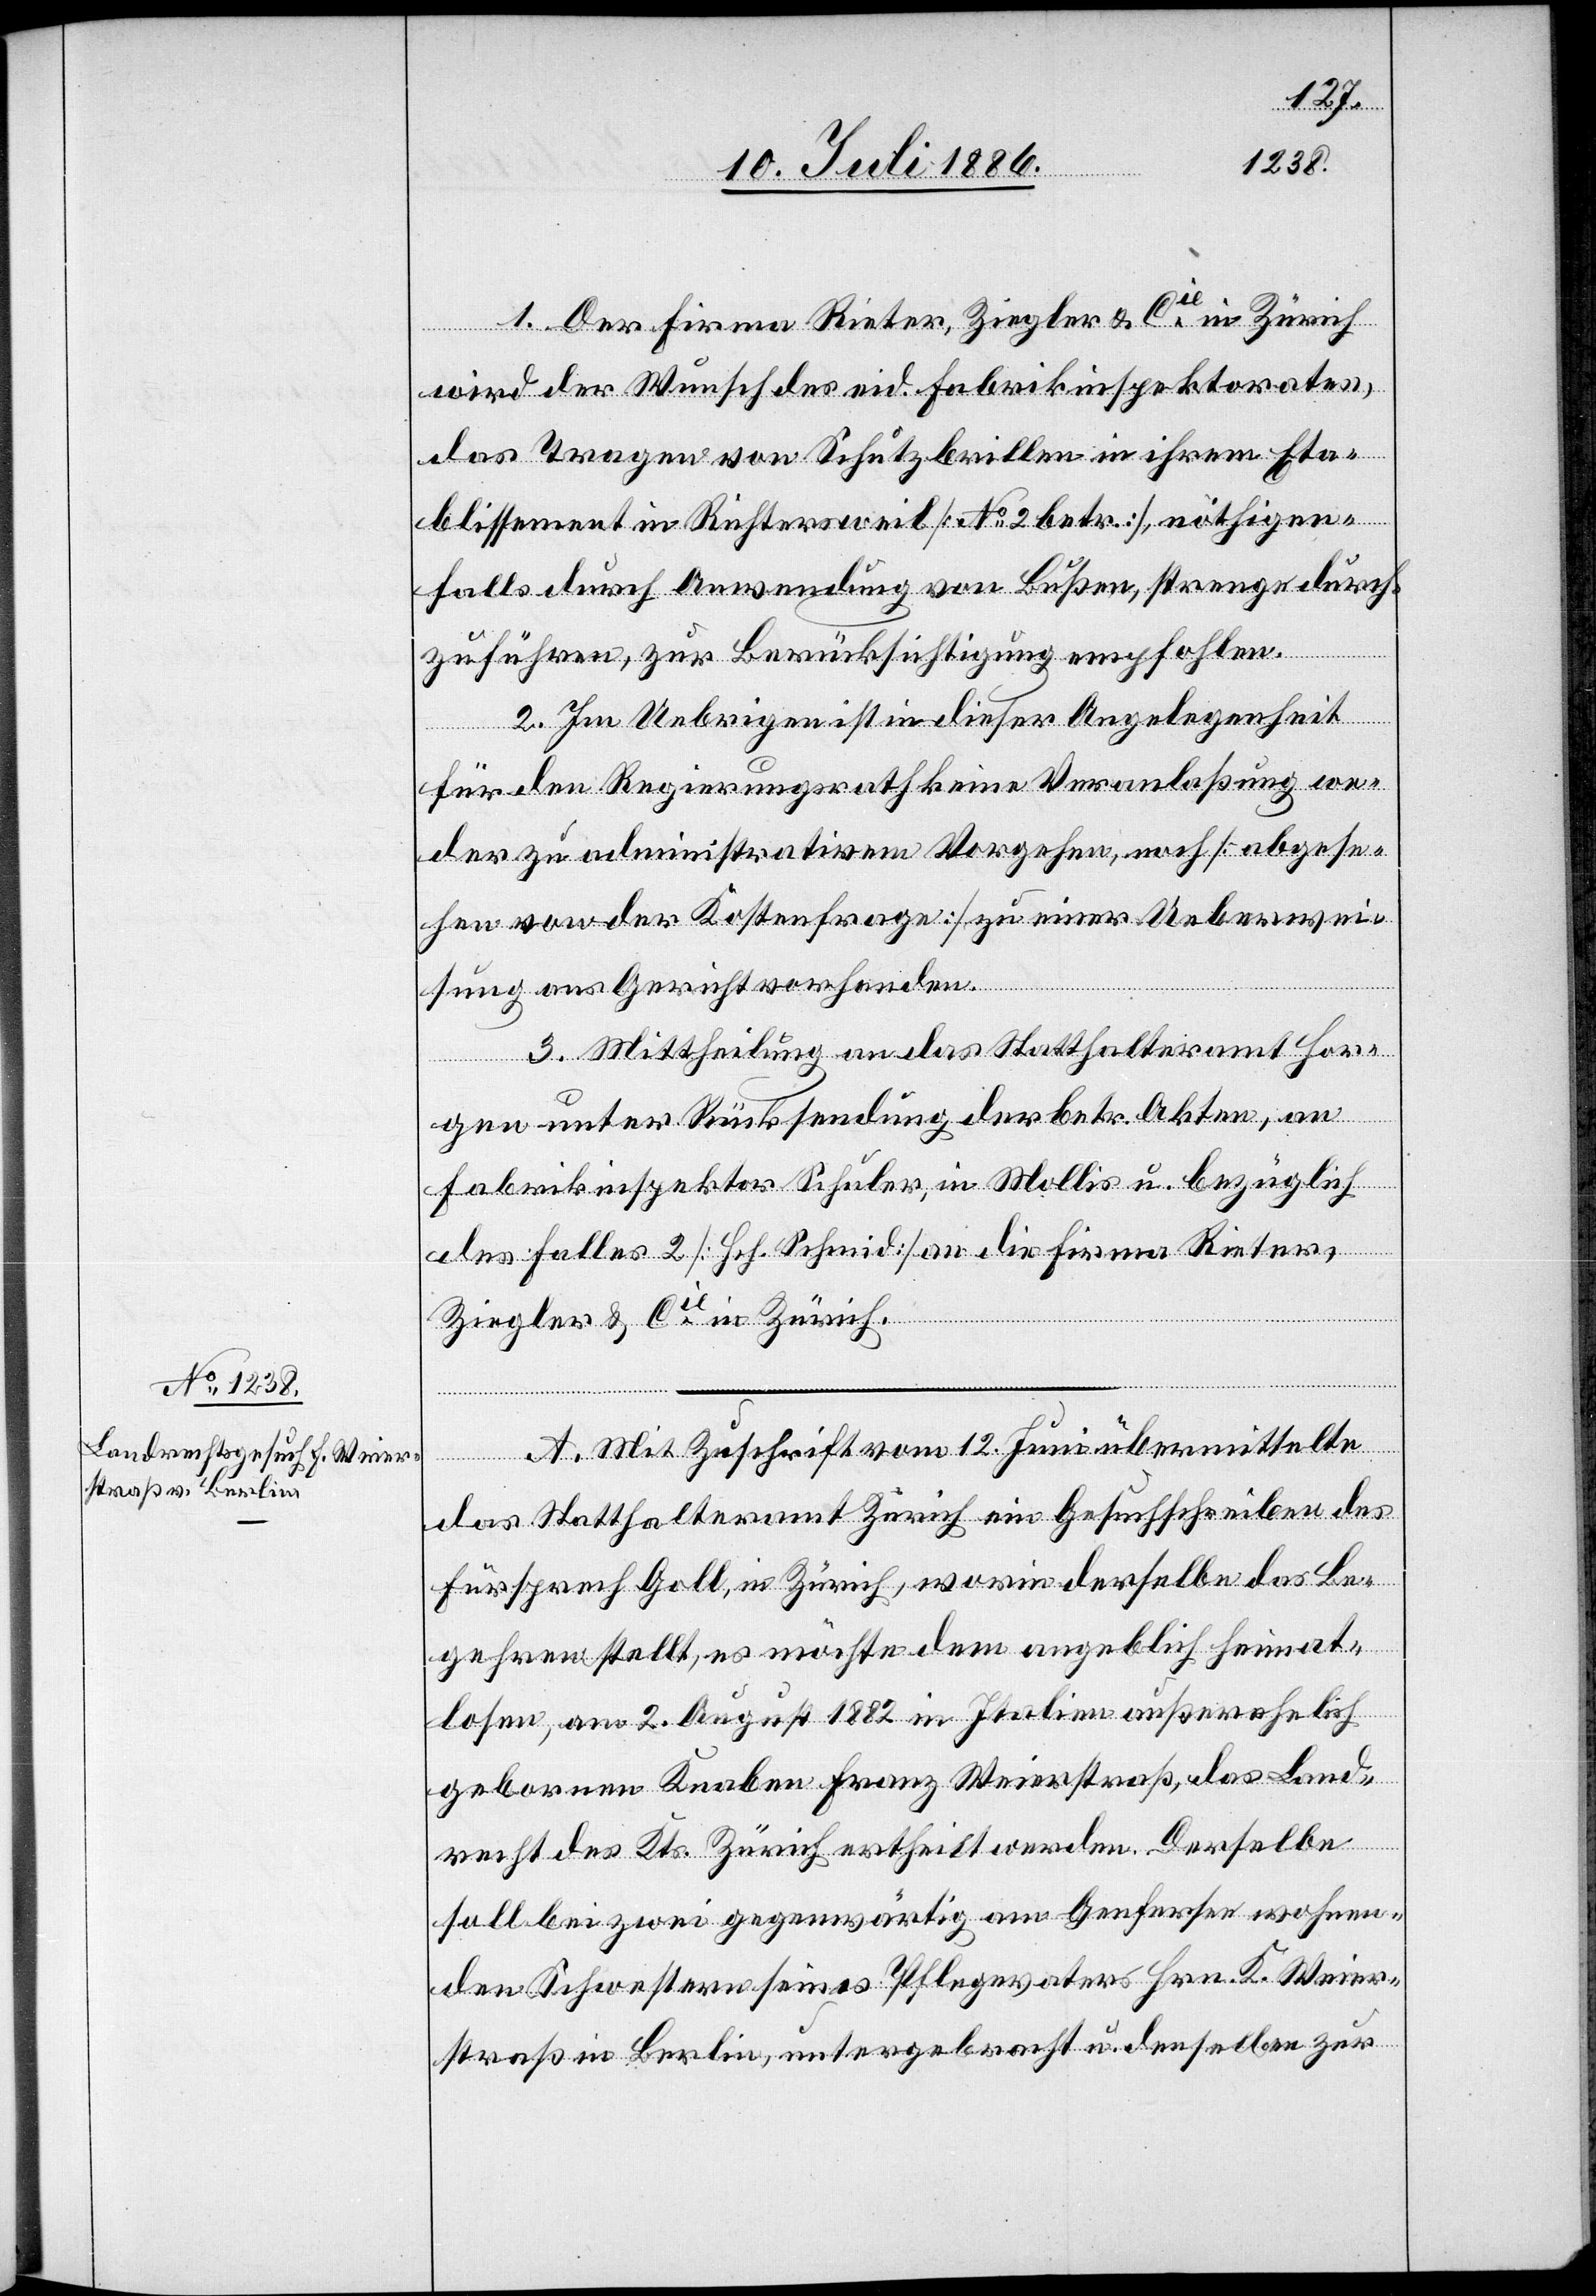
1. Der Firma Rieter, Ziegler & Cie in Zürich
wird der Wunsch des eid. Fabrikinspektorates,
das Tragen von Schutzbrillen in ihrem Eta¬
blissement in Richtersweil [No 2 betr.], nöthigen¬
falls durch Anwendung von Bußen, strenge durch¬
zuführen, zur Berücksichtigung empfohlen.
2. Im Uebrigen ist in dieser Angelegenheit
für den Regierungsrath keine Veranlaßung we¬
der zu administrativem Vorgehen, noch [abgese¬
hen von der Kostenfrage] zu einer Ueberwei¬
sung ans Gericht vorhanden.
3. Mittheilung an das Statthalteramt Hor¬
gen unter Rücksendung der betr. Akten, an
Fabrikinspektor Schuler, in Mollis u. bezüglich
des Falles 2 [Hch. Schmid] an die Firma Rieter,
Ziegler & Cie in Zürich.